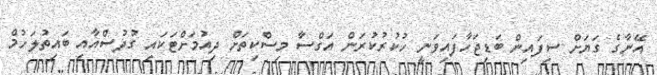
އޭނާގެ ގަޔަށް ސިފައިން ބަޑިޖަހާފައިވަނީ ހުކުރުކުރަން އަގްސާ މިސްކިތަށް ދިއުމަށްޓަކައި ގުދުސްއާއި ބައިތުލަހުމް